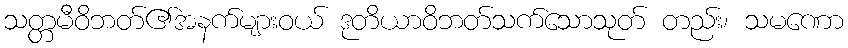
သတ္တမီဝိဘတ်၏အနက်များဝယ် ဒုတိယာဝိဘတ်သက်သောသုတ် တည်း၊ သမဏော